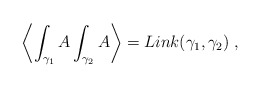
\begin{align*}\left\langle \int_{\gamma _1}A\int_{\gamma _2}A\right\rangle =Link(\gamma_1,\gamma _2)\;, \end{align*}